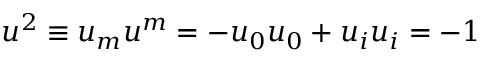
u ^ { 2 } \equiv u _ { m } u ^ { m } = - u _ { 0 } u _ { 0 } + u _ { i } u _ { i } = - 1